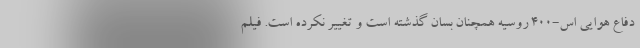
دفاع هوایی اس-۴۰۰ روسیه همچنان بسان گذشته است و تغییر نکرده است. فیلم